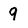
Character: q